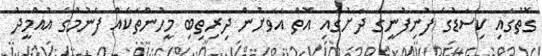
ގޮތުގައި ކިސަޑުގެ ފުނިފުނީގެ ދަށުގައި އޮތް އަވަށުން ދިރިތިބި މީހުންތަކެއް ފެނުމުގެ އުއްމީދު